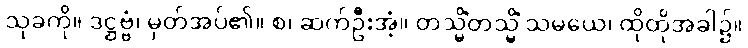
သုခကို။ ဒဋ္ဌဗ္ဗံ၊ မှတ်အပ်၏။ စ၊ ဆက်ဦးအံ့။ တသ္မိံတသ္မိံ သမယေ၊ ထိုထိုအခါ၌။